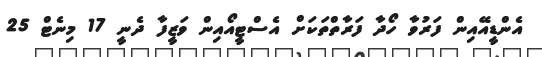
އެންޑީއޭއިން ފަރުވާ ހޯދާ ފަރާތްތަކަށް އެސްޓީއޯއިން ވަޒީފާ ދެނީ 17 މިނެޓް 25